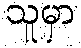
သူမှာ